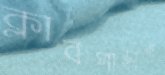
ক্লাবপাড়াও